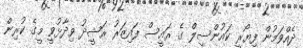
ދެއްވަމުން ފިޔޯރީ ކައުންސިލް ގެ ރައީސް ފައިޒަރު ރަޝީދު ވިދާޅުވީ މީގެ ކުރިން